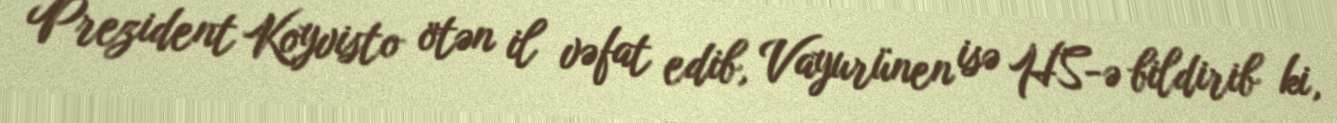
Prezident Koyvisto ötən il vəfat edib, Vayurünen isə HS-ə bildirib ki,